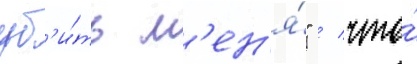
уб'и́ть м'ен'я́" / что́